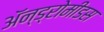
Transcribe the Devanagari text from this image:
ॲन्ड्रोमीडस